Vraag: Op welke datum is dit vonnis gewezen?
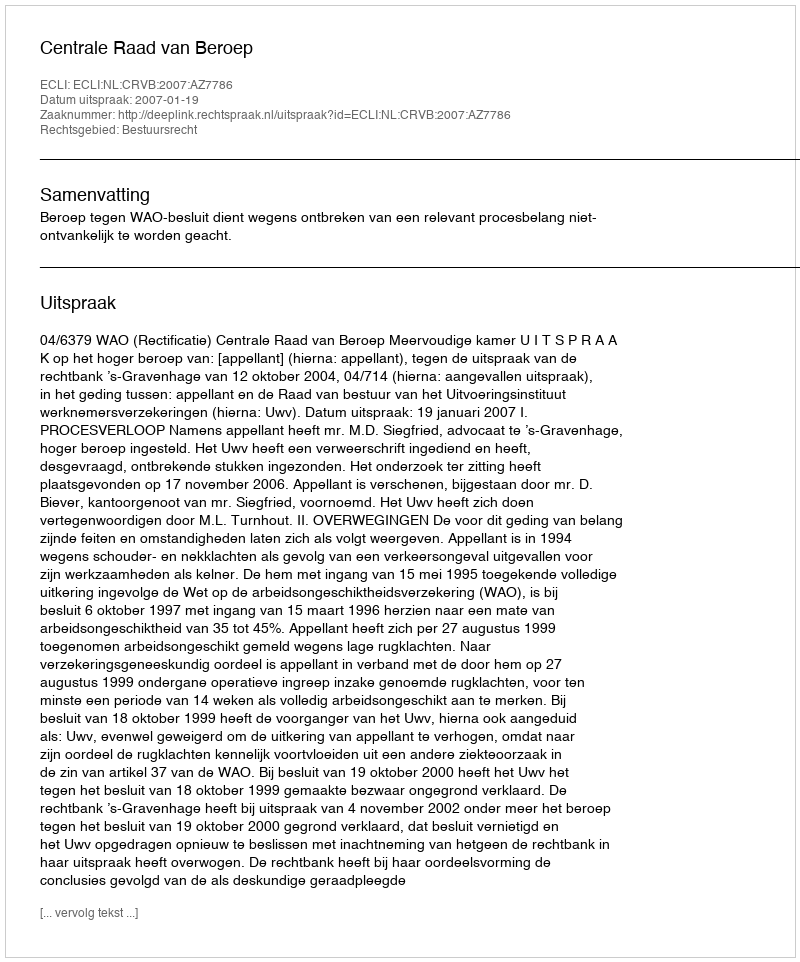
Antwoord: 2007-01-19